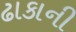
ઢાકાની